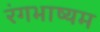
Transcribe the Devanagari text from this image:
रंगभाष्यम